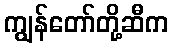
ကျွန်တော်တို့ဆီက